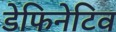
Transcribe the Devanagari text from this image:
डेफिनेटिव